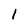
Character: 1